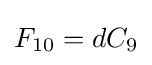
F_{10}=dC_{9}